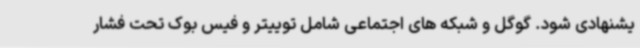
یشنهادی شود. گوگل و شبکه های اجتماعی شامل توییتر و فیس بوک تحت فشار